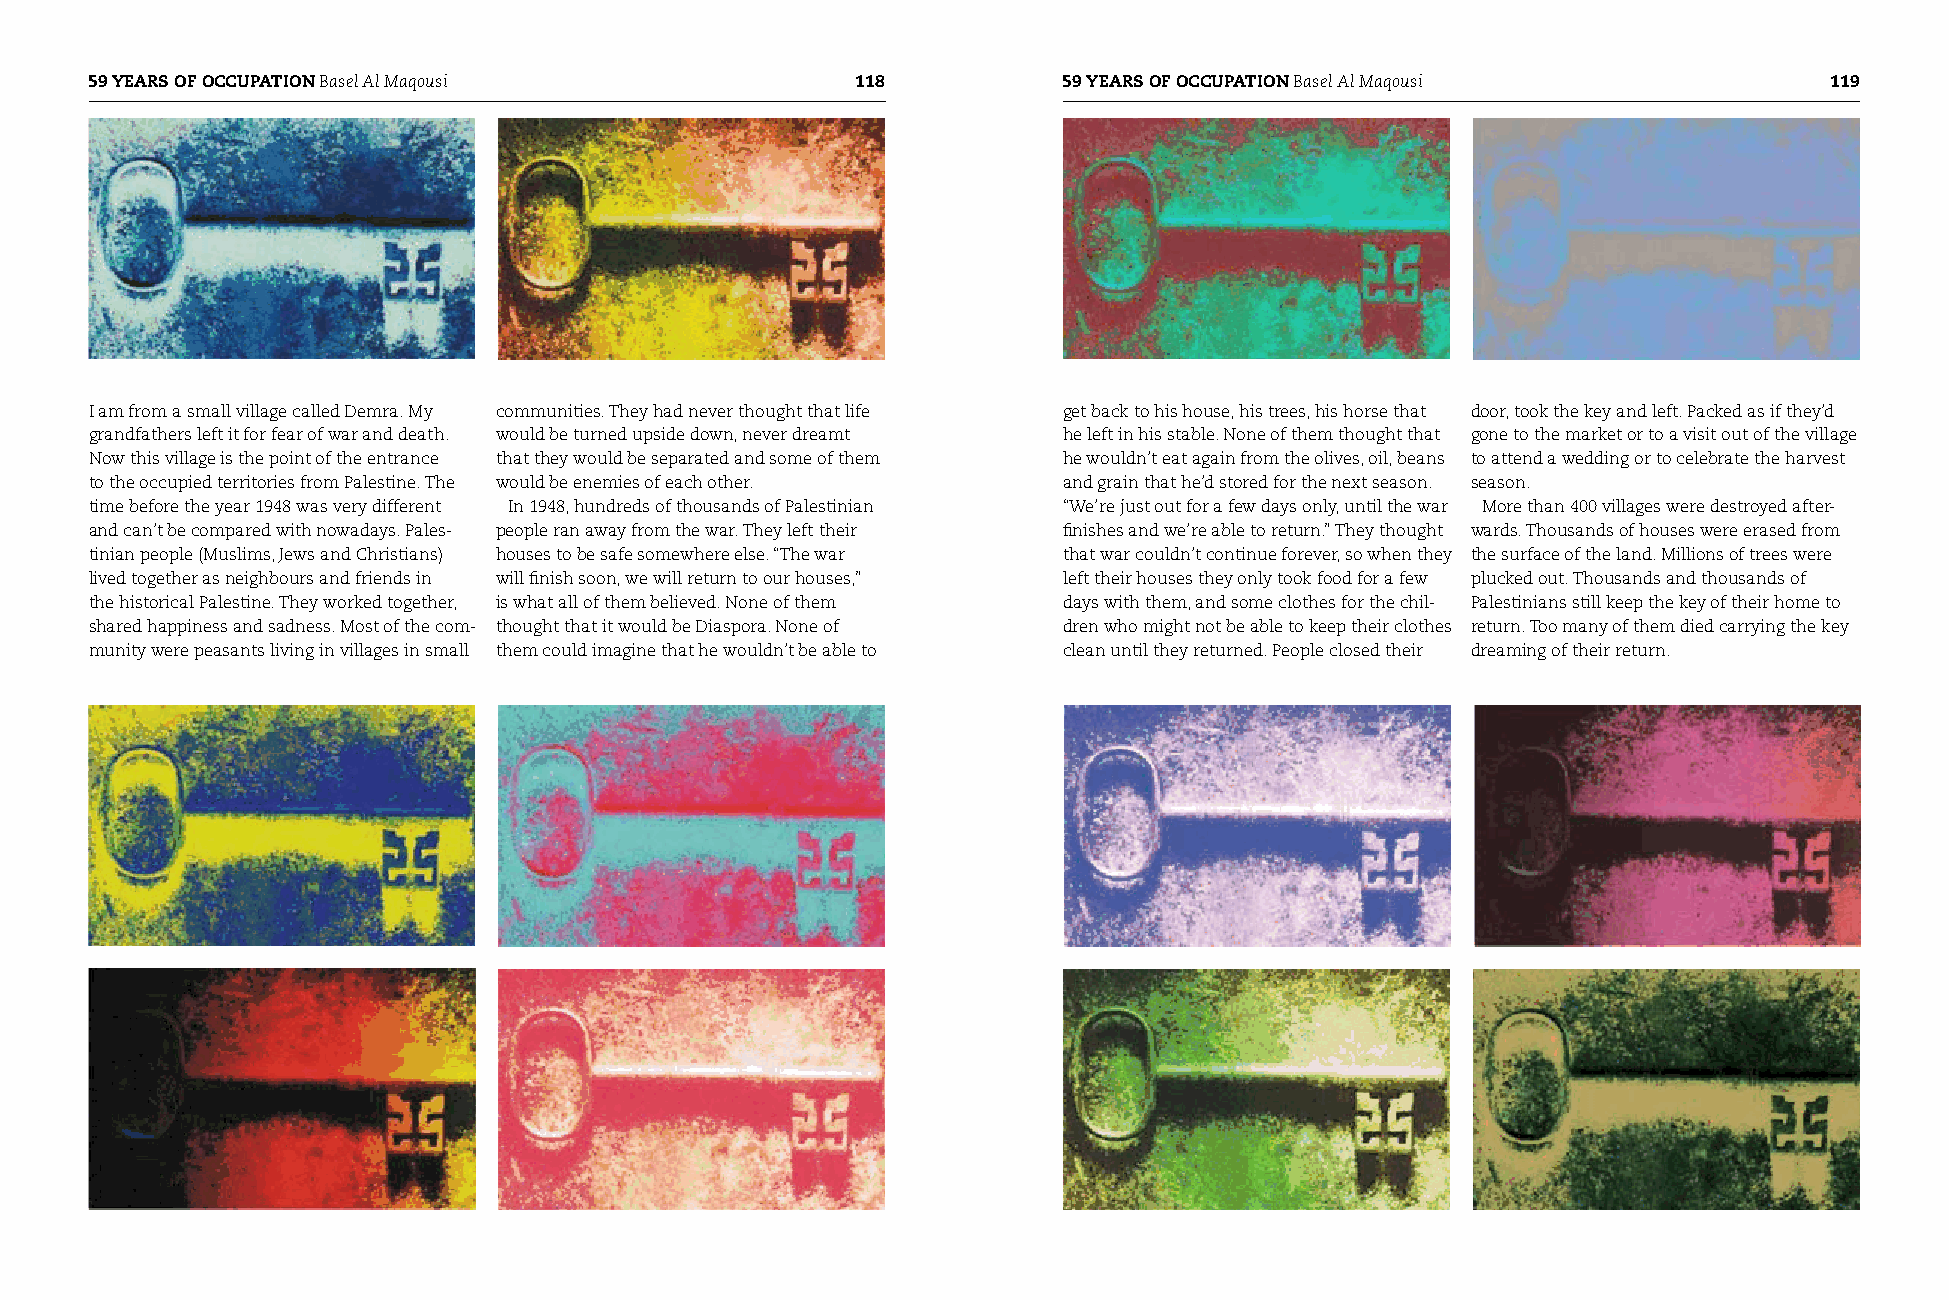
59 yEARS OF OCCUPATION Basel Al Maqousi            118          59 yEARS OF OCCUPATION Basel Al Maqousi            119
 I am from a small village called Demra. My communities. They had never thought that life get back to his house, his trees, his horse that door, took the key and left. Packed as if they’d
 grandfathers left it for fear of war and death. would be turned upside down, never dreamt he left in his stable. None of them thought that gone to the market or to a visit out of the village
 Now this village is the point of the entrance that they would be separated and some of them he wouldn’t eat again from the olives, oil, beans to attend a wedding or to celebrate the harvest
 to the occupied territories from Palestine. The would be enemies of each other. and grain that he’d stored for the next season. season.
 time before the year 1948 was very different In 1948, hundreds of thousands of Palestinian “We’re just out for a few days only, until the war More than 400 villages were destroyed after-
 and can’t be compared with nowadays. Pales- people ran away from the war. They left their finishes and we’re able to return.” They thought wards. Thousands of houses were erased from
 tinian people (Muslims, Jews and Christians) houses to be safe somewhere else. “The war that war couldn’t continue forever, so when they the surface of the land. Millions of trees were
 lived together as neighbours and friends in will finish soon, we will return to our houses,” left their houses they only took food for a few plucked out. Thousands and thousands of
 the historical Palestine. They worked together, is what all of them believed. None of them days with them, and some clothes for the chil- Palestinians still keep the key of their home to
 shared happiness and sadness. Most of the com- thought that it would be Diaspora. None of dren who might not be able to keep their clothes return. Too many of them died carrying the key
 munity were peasants living in villages in small them could imagine that he wouldn’t be able to clean until they returned. People closed their dreaming of their return.